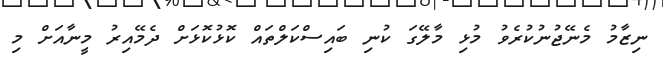
ނިޒާމު މެނޭޖުނުކުރެވު މުޅި މާލޭގަ ކުނި ބައިސްކަލްތައް ކޮޅުކޮޅަށް ދެމޭއިރު މީނާއަށް މި